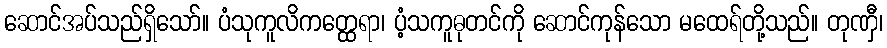
ဆောင်အပ်သည်ရှိသော်။ ပံသုကူလိကတ္ထေရာ၊ ပံ့သကူဓုတင်ကို ဆောင်ကုန်သော မထေရ်တို့သည်။ တုဏှီ၊